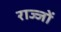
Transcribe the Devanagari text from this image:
राज्जों